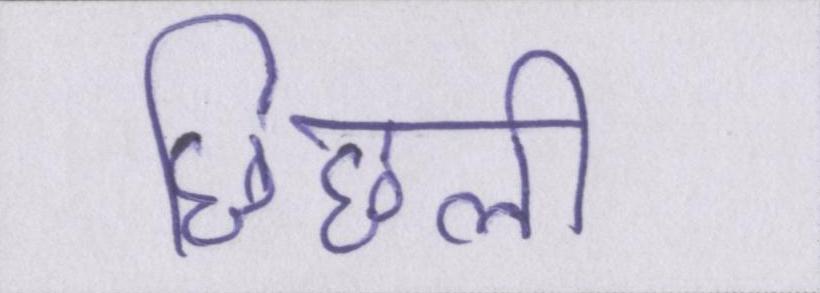
छिछली